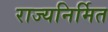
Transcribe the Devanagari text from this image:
राज्यनिर्मित